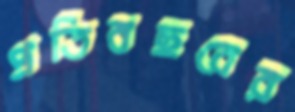
প্রতিবছরের